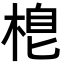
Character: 𣓛